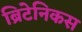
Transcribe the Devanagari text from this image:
ब्रिटेनिकस